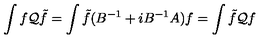
\int f { \cal Q } \tilde { f } = \int \tilde { f } ( B ^ { - 1 } + i B ^ { - 1 } A ) f = \int \tilde { f } { \cal Q } f